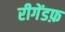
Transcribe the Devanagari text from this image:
रीगेंडफ़